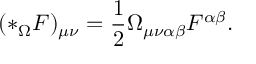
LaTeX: ( * _ { \Omega } F ) _ { \mu \nu } = \frac { 1 } { 2 } \Omega _ { \mu \nu \alpha \beta } F ^ { \alpha \beta } .